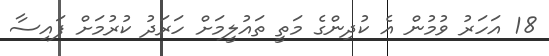
18 އަހަރު ވުމުން އެ ކުދިންގެ މަތީ ތައުލީމަށް ހަރަދު ކުރުމަށް ފައިސާ